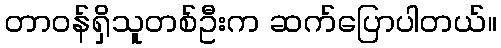
တာဝန်ရှိသူတစ်ဦးက ဆက်ပြောပါတယ်။